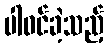
ပါဝင်ခဲ့သည့်